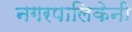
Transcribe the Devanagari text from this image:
नगरपालिकेनी